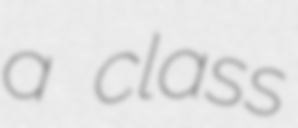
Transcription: a class